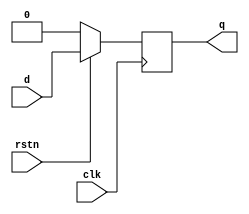
// Module called "dff" has 3 inputs and 1 output port
module dff (input       d,
            input       clk,
            input       rstn,
            output reg  q);

// Contents of the module
always @ (posedge clk)
  begin
    if (!rstn)
      q <= 0;
    else
      q <= d;
  end
endmodule